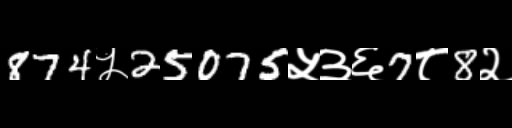
Text: 874५25075५३६7८8२